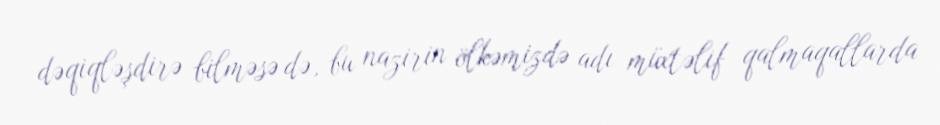
dəqiqləşdirə bilməsə də, bu nazirin ölkəmizdə adı müxtəlif qalmaqallarda